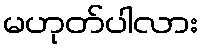
မဟုတ်ပါလား